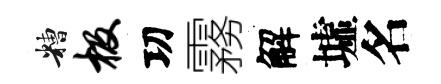
糟极㓛霧解墟名